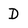
Character: D